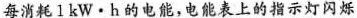
每消耗1kW·h的电能，电能表上的指示灯闪烁